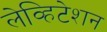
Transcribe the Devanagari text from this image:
लेव्हिटेशन